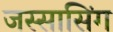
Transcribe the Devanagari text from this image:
जस्सासिंग